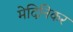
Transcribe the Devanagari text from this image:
मेदिनिकर